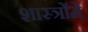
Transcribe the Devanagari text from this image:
शास्‍त्रोंमें